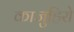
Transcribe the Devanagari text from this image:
काजुहिरो